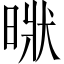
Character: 𣈚